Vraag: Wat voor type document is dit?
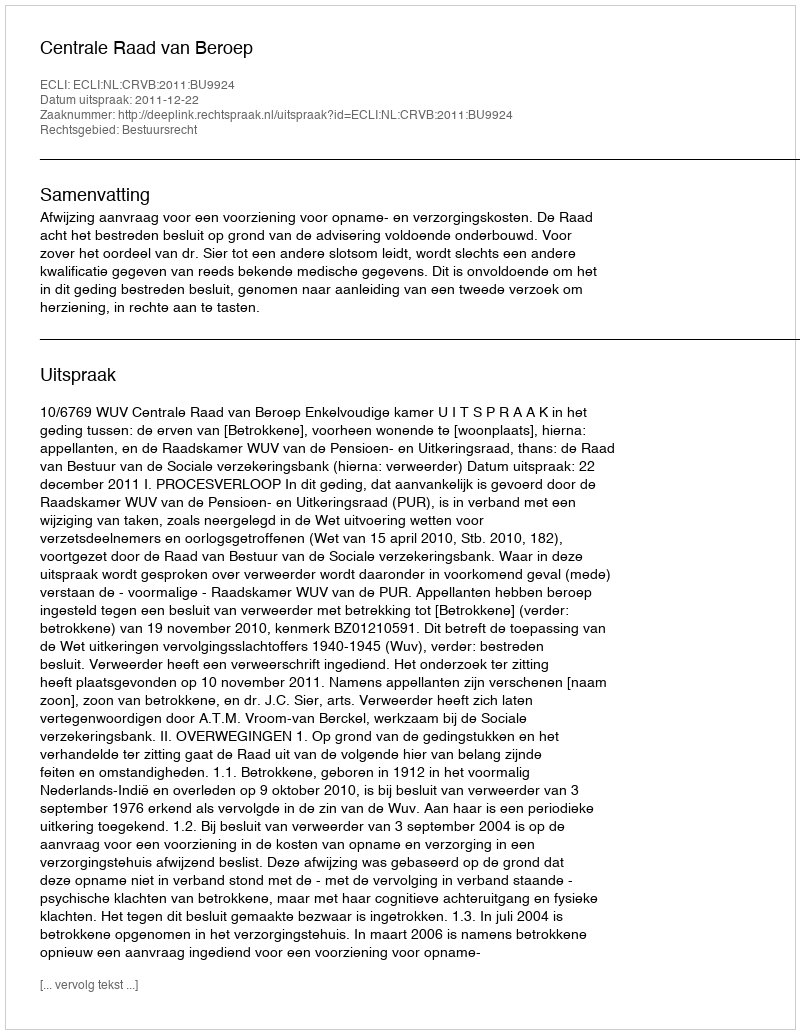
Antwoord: Uitspraak